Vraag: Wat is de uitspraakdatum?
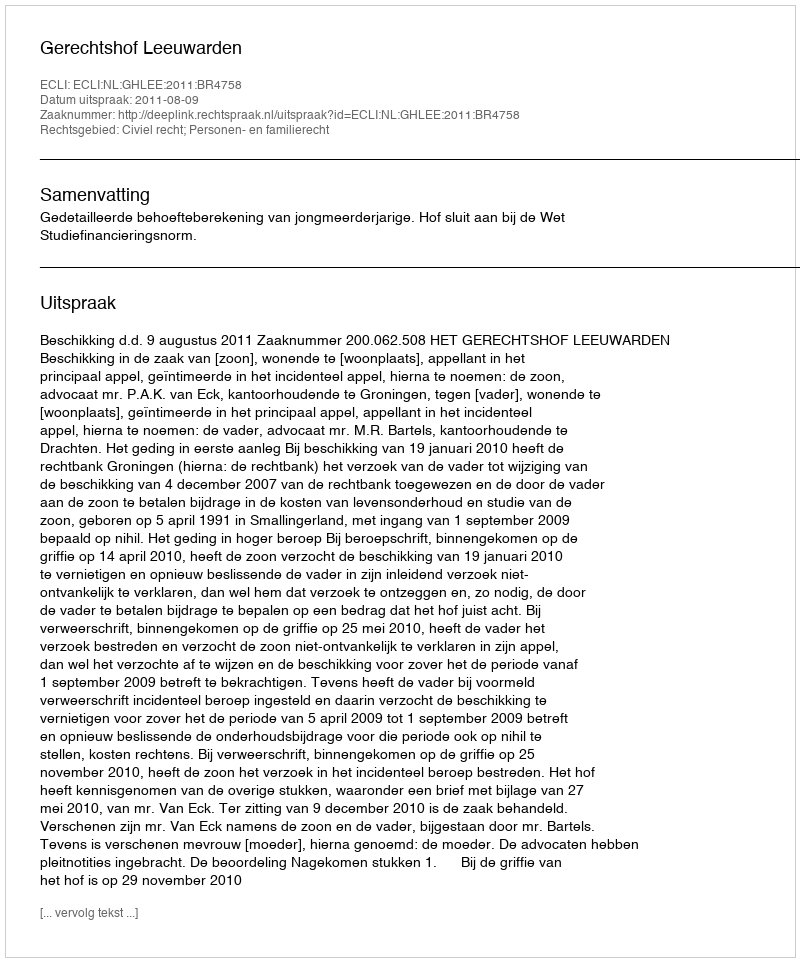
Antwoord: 2011-08-09